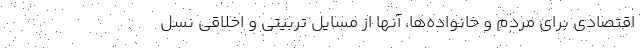
اقتصادی برای مردم و خانواده‌ها، آنها از مسایل تربیتی و اخلاقی نسل